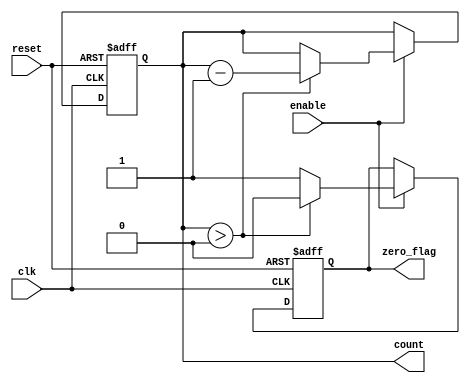
module MemoryBlocksDownCounter (
    input wire clk,          // Clock input
    input wire reset,        // Asynchronous reset input
    input wire enable,       // Enable signal for counting
    output reg [3:0] count,  // Current count value (4 bits)
    output reg zero_flag     // Zero flag output
);

    // Initial count value
    parameter INITIAL_VALUE = 4'b1111; // Start counting down from 15

    // Asynchronous reset and counting logic
    always @(posedge clk or posedge reset) begin
        if (reset) begin
            count <= INITIAL_VALUE; // Reset to initial value
            zero_flag <= 1'b0;       // Clear zero flag
        end else if (enable) begin
            if (count > 0) begin
                count <= count - 1;  // Decrement count
                zero_flag <= 1'b0;    // Clear zero flag
            end else begin
                zero_flag <= 1'b1;     // Set zero flag when count reaches zero
            end
        end
    end

endmodule